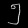
Digit: ၅